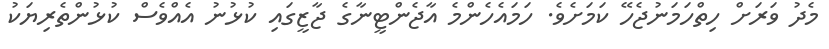
މެދު ވަރަށް ހިތްހަމަނުޖެހޭ ކަމަށެވެ. ހަމައެހެންމެ އާޖެންޓީނާގެ ޖާޒީގައި ކުޅުނު އެއްވެސް ކުޅުންތެރިޔަކު